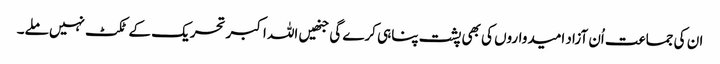
ان کی جماعت اُن آزاد امیدواروں کی بھی پشت پناہی کرے گی جنھیں اللہ اکبر تحریک کے ٹکٹ نہیں ملے۔